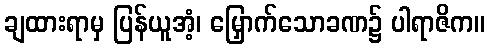
ချထားရာမှ ပြန်ယူအံ့၊ မြှောက်သောခဏ၌ ပါရာဇိက။